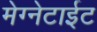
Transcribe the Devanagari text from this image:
मेग्नेटाईट